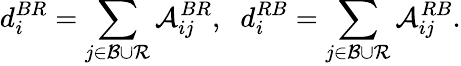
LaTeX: d_{i}^{BR}=\sum_{j\in{\cal B}\cup{\cal R}}{\cal A}_{ij}^{BR},\; \; d_{i}^{RB}=\sum_{j\in{\cal B}\cup{\cal R}}{\cal A}_{ij}^{RB}.